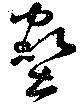
壑